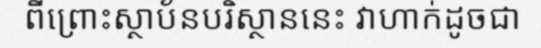
ពីព្រោះស្ថាប័នបរិស្ថាននេះ វាហាក់ដូចជា